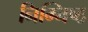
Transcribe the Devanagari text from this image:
निम्निष्ठ